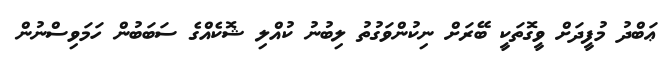
ޢަބްދު މުފީދަށް ވީގޮތަކީ ބޭރަށް ނިކުންވަގުތު ލިބުނު ކުއްލި ޝޮކެއްގެ ސަބަބުން ހަމަވިސްނުން